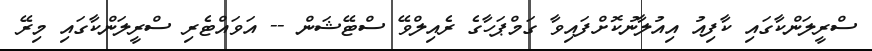
ސްރީލަންކާގައި ކާފިއު އިއުލާނުކޮށްފައިވާ ގަމްޕަހާގެ ރެއިލްވޭ ސްޓޭޝަން -- އަވައްޓެރި ސްރީލަންކާގައި މިރޭ